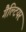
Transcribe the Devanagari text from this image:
गैल्टियर